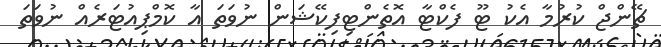
ޗޭންޖް ކުރުމާ އެކު ޓޫ ފެކްޓާ އޮތެންޓިފިކޭޝަން ނުވަތަ އާ ކޮމްޕިއުޓަރެއް ނުވަތަ